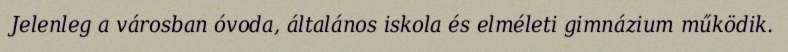
Jelenleg a városban óvoda, általános iskola és elméleti gimnázium működik.